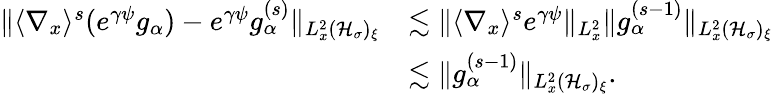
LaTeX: \begin{array}{rl}{\| \langle\nabla_{x}\rangle^{s}(e^{\gamma\psi}g_{\alpha})-e^{\gamma\psi}g_{\alpha}^{(s)}\| _{L_{x}^{2}(\mathcal H_{\sigma})_{\xi}}}&{\lesssim\| \langle\nabla_{x}\rangle^{s}e^{\gamma\psi}\| _{L_{x}^{2}}\| g_{\alpha}^{(s-1)}\| _{L_{x}^{2}(\mathcal H_{\sigma})_{\xi}}}\\ &{\lesssim\| g_{\alpha}^{(s-1)}\| _{L_{x}^{2}(\mathcal H_{\sigma})_{\xi}}.}\end{array}